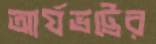
আর্যভট্টের